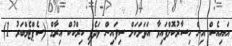
އައިއެސް އިން ހިސާރުކޮށްފައިވާ އަވަށަކަށް ސިފައިން ވަދެފި ކިރްކުކް އިރާގް (ސެޕްޓެމްބަރު 1)